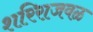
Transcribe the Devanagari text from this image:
शरिराजवळ